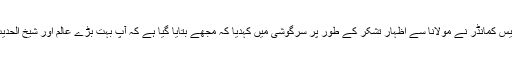
کانفرنس کے دوران ڈائس پر مولانا اور بیس کمانڈر ساتھ ساتھ بیٹھے تھے، بیس کمانڈر نے مولانا سے اظہار تشکر کے طور پر سرگوشی میں کہدیا کہ مجھے بتایا گیا ہے کہ آپ بہت بڑے عالم اور شیخ الحدیث ہیں، مجھے بہت خوشی ہے کہ آپ ہماری دعوت پر یہاں تشریف لائے ہیں۔